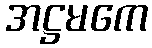
အဋ္ဌမကေ